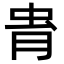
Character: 𧉎